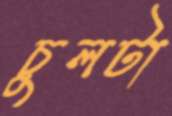
চুলটা